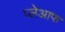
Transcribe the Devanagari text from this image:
प्लेआफ